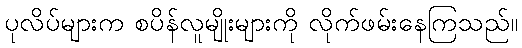
ပုလိပ်များက စပိန်လူမျိုးများကို လိုက်ဖမ်းနေကြသည်။